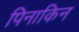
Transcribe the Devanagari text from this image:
पिनाकिन